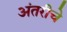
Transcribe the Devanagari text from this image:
अंतरीचे